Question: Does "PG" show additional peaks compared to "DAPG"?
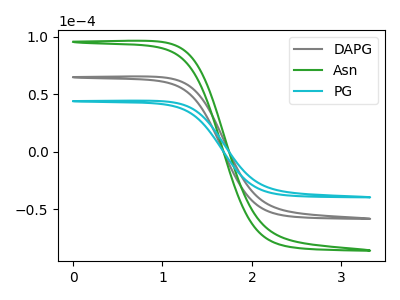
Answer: <think>The gray curve "DAPG" has no peaks. The green curve "Asn" has no peaks. The cyan curve "PG" has no peaks.
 Neither "PG" or "DAPG" have any peaks.</think>
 <answer>No, "PG" and "DAPG" don't appear to be significantly different in shape</answer>
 <eval>no_change</eval>